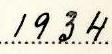
1934